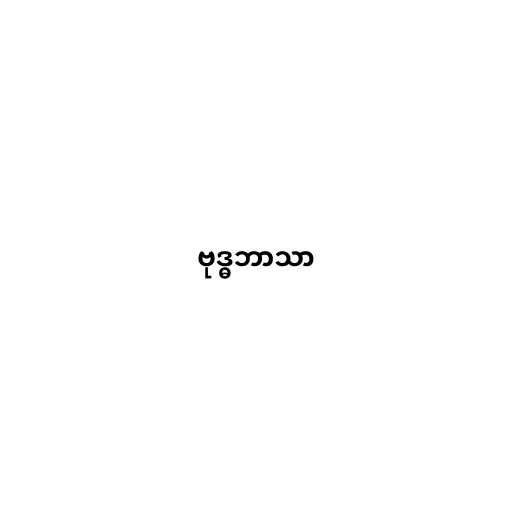
ဗုဒ္ဓဘာသာ